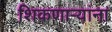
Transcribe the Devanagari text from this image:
शिकणाऱ्यांना